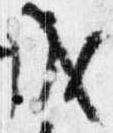
成